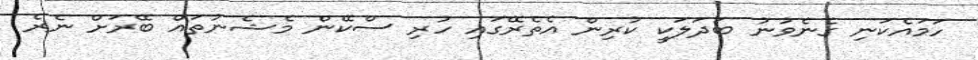
ހަމައެކަނި ގެނެވުނު ބަދަލަކީ ކުރިން އެތެރޭގައި ހުރި ސްކޭން މެޝެނުތައް ބޭރަށް ނެރެ